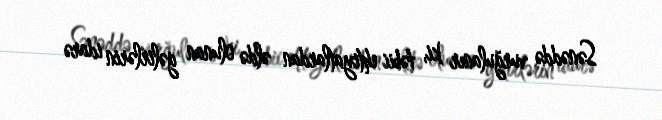
Sənəddə vurğulanır ki, təbii ehtiyatlardan əldə olunan gəlirlərin idarə